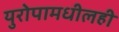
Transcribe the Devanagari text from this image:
युरोपामधीलही